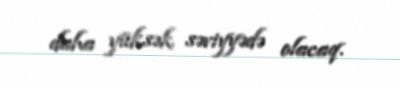
daha yüksək səviyyədə olacaq.